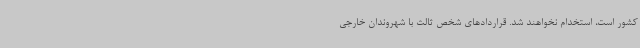
کشور است، استخدام نخواهند شد. قراردادهای شخص ثالث با شهروندان خارجی